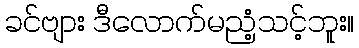
ခင်ဗျား ဒီလောက်မညံ့သင့်ဘူး။